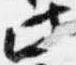
此